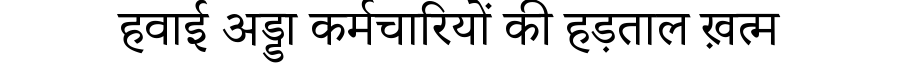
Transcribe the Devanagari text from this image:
हवाई अड्डा कर्मचारियों की हड़ताल ख़त्म